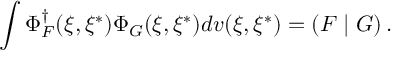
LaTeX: \int \Phi _ { F } ^ { \dagger } ( \xi , \xi ^ { * } ) \Phi _ { G } ( \xi , \xi ^ { * } ) d v ( \xi , \xi ^ { * } ) = \left( F \mid G \right) .